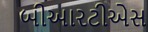
બીઆરટીએસ